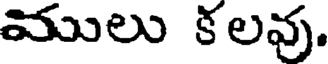
ములు కలవు.